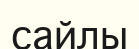
сайлы